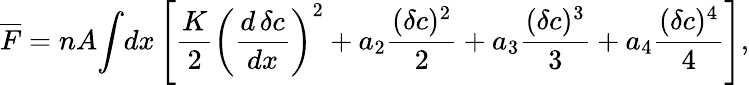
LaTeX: \begin{array}{l}{\displaystyle{\overline{{F}}=nA\! \int\! dx\left[\frac{K}{2}\left(\frac{d\, \delta c}{dx}\right)^{2}+a_{2}\frac{(\delta c)^{2}}{2}+a_{3}\frac{(\delta c)^{3}}{3}+a_{4}\frac{(\delta c)^{4}}{4}\right],}}\end{array}